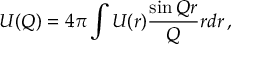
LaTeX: U ( Q ) = 4 \pi \int U ( r ) \frac { \sin Q r } { Q } r d r \, ,